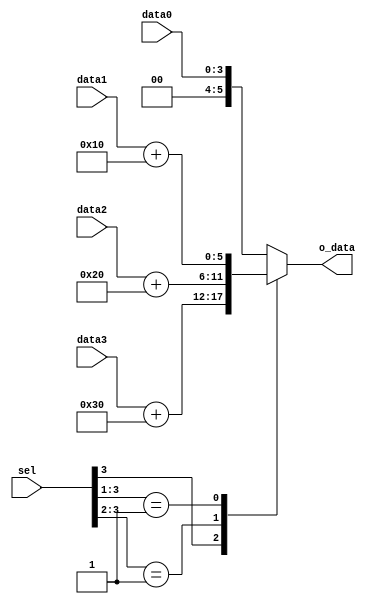
//////////////////////////////////////////////////////////////////////////////
//
// Copyright (c) 2014 PANGO MICROSYSTEMS, INC
// ALL RIGHTS REVERVED.
//
// THE SOURCE CODE CONTAINED HEREIN IS PROPRIETARY TO PANGO MICROSYSTEMS, INC.
// IT SHALL NOT BE REPRODUCED OR DISCLOSED IN WHOLE OR IN PART OR USED BY
// PARTIES WITHOUT WRITTEN AUTHORIZATION FROM THE OWNER.
//
//////////////////////////////////////////////////////////////////////////////
//
// Library:
// Function: 
//
//////////////////////////////////////////////////////////////////////////////
`timescale 1ns/1ns

module ipsxe_floating_point_data_selector_4_16_v1_0
(
    input wire [3:0] sel,              
    input wire [3:0] data0,
    input wire [3:0] data1,
    input wire [3:0] data2,
    input wire [3:0] data3,     
    output reg [5:0] o_data         
);

always @(*) begin
    casex(sel)
        4'b1xxx: o_data = data3 + 48;
        4'b01xx: o_data = data2 + 32;
        4'b001x: o_data = data1 + 16;
        default: o_data = data0 ;
    endcase
end

endmodule